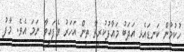
ހުކުމުން ކަނޑައެޅި އަދަބު މައާފުކުރިތާ ތިން އަހަރު ވެފައިވާ ނަމަ އެވެ. މާފު